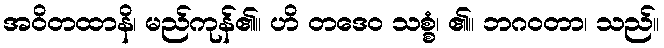
အဝိတထာနိ၊ မည်ကုန်၏။ ဟိ တဒေဝ သစ္စံ၊ ၏။ ဘဂဝတာ၊ သည်။